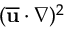
( \overline { { \mathbf { u } } } \cdot \nabla ) ^ { 2 }